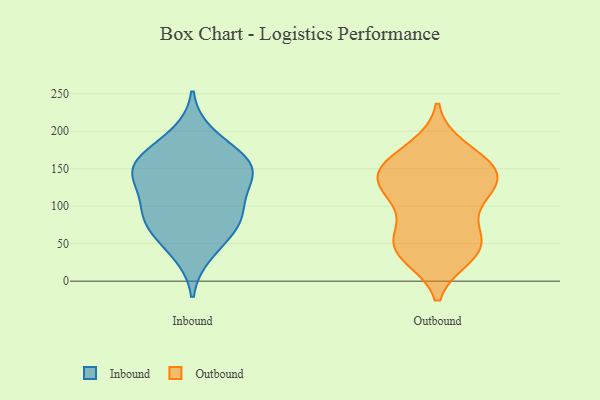
{"axis": {"x": "Population (Million)", "y": "Value"}, "legend": ["Inbound", "Outbound"], "data": [{"x": "", "y": 158, "type": "Inbound"}, {"x": "", "y": 146, "type": "Inbound"}, {"x": "", "y": 162, "type": "Inbound"}, {"x": "", "y": 125, "type": "Inbound"}, {"x": "", "y": 166, "type": "Inbound"}, {"x": "", "y": 146, "type": "Inbound"}, {"x": "", "y": 134, "type": "Inbound"}, {"x": "", "y": 81, "type": "Inbound"}, {"x": "", "y": 59, "type": "Inbound"}, {"x": "", "y": 195, "type": "Inbound"}, {"x": "", "y": 78, "type": "Inbound"}, {"x": "", "y": 93, "type": "Inbound"}, {"x": "", "y": 93, "type": "Inbound"}, {"x": "", "y": 37, "type": "Inbound"}, {"x": "", "y": 142, "type": "Outbound"}, {"x": "", "y": 146, "type": "Outbound"}, {"x": "", "y": 53, "type": "Outbound"}, {"x": "", "y": 39, "type": "Outbound"}, {"x": "", "y": 167, "type": "Outbound"}, {"x": "", "y": 34, "type": "Outbound"}, {"x": "", "y": 44, "type": "Outbound"}, {"x": "", "y": 128, "type": "Outbound"}, {"x": "", "y": 146, "type": "Outbound"}, {"x": "", "y": 126, "type": "Outbound"}, {"x": "", "y": 124, "type": "Outbound"}, {"x": "", "y": 88, "type": "Outbound"}, {"x": "", "y": 64, "type": "Outbound"}, {"x": "", "y": 156, "type": "Outbound"}, {"x": "", "y": 43, "type": "Outbound"}, {"x": "", "y": 177, "type": "Outbound"}, {"x": "", "y": 115, "type": "Outbound"}]}